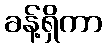
ခန့်ရှိကာ